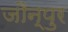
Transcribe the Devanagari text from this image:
जौन्पुर